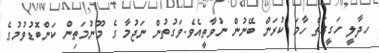
ހދާލީ ހަގީގަތް ހާމަ ކުރަން ބޭނުން ނުވާތީއެވެ.ވަގުތުން ނަޖުމާ ގެ މޫނުމަތިން ކަންބޮޑުވުމުގެ